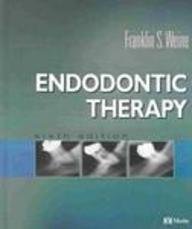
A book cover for Endodontic Therapy, 6e; Franklin S. Weine DDS  MSD; Medical Books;